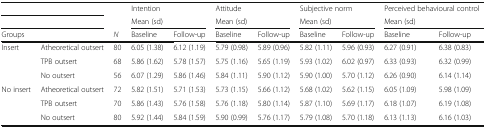
<table><thead><tr><td colspan="2"></td><td></td><td colspan="2"><b>Intention</b></td><td colspan="2"><b>Attitude</b></td><td colspan="2"><b>Subjective norm</b></td><td colspan="2"><b>Perceived behavioural control</b></td></tr><tr><td colspan="2"></td><td></td><td colspan="2"><b>Mean (sd)</b></td><td colspan="2"><b>Mean (sd)</b></td><td colspan="2"><b>Mean (sd)</b></td><td colspan="2"><b>Mean (sd)</b></td></tr><tr><td colspan="2"><b>Groups</b></td><td><b><i>N</i></b></td><td><b>Baseline</b></td><td><b>Follow-up</b></td><td><b>Baseline</b></td><td><b>Follow-up</b></td><td><b>Baseline</b></td><td><b>Follow-up</b></td><td><b>Baseline</b></td><td><b>Follow-up</b></td></tr></thead><tbody><tr><td rowspan="3">Insert</td><td>Atheoretical outsert</td><td>80</td><td>6.05 (1.38)</td><td>6.12 (1.19)</td><td>5.79 (0.98)</td><td>5.89 (0.96)</td><td>5.82 (1.11)</td><td>5.96 (0.93)</td><td>6.27 (0.91)</td><td>6.38 (0.83)</td></tr><tr><td>TPB outsert</td><td>68</td><td>5.86 (1.62)</td><td>5.78 (1.57)</td><td>5.75 (1.16)</td><td>5.65 (1.19)</td><td>5.93 (1.02)</td><td>6.02 (0.97)</td><td>6.33 (0.93)</td><td>6.32 (0.99)</td></tr><tr><td>No outsert</td><td>56</td><td>6.07 (1.29)</td><td>5.86 (1.46)</td><td>5.84 (1.11)</td><td>5.90 (1.12)</td><td>5.90 (1.00)</td><td>5.70 (1.12)</td><td>6.26 (0.90)</td><td>6.14 (1.14)</td></tr><tr><td rowspan="3">No insert</td><td>Atheoretical outsert</td><td>72</td><td>5.82 (1.51)</td><td>5.71 (1.53)</td><td>5.73 (1.15)</td><td>5.66 (1.12)</td><td>5.68 (1.02)</td><td>5.62 (1.15)</td><td>6.05 (1.09)</td><td>5.98 (1.09)</td></tr><tr><td>TPB outsert</td><td>70</td><td>5.86 (1.43)</td><td>5.76 (1.58)</td><td>5.76 (1.18)</td><td>5.80 (1.14)</td><td>5.87 (1.10)</td><td>5.69 (1.17)</td><td>6.18 (1.07)</td><td>6.19 (1.08)</td></tr><tr><td>No outsert</td><td>80</td><td>5.92 (1.44)</td><td>5.84 (1.59)</td><td>5.90 (0.99)</td><td>5.76 (1.17)</td><td>5.79 (1.08)</td><td>5.70 (1.18)</td><td>6.13 (1.13)</td><td>6.16 (1.03)</td></tr></tbody></table>